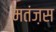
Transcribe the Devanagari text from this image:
मतंज़स